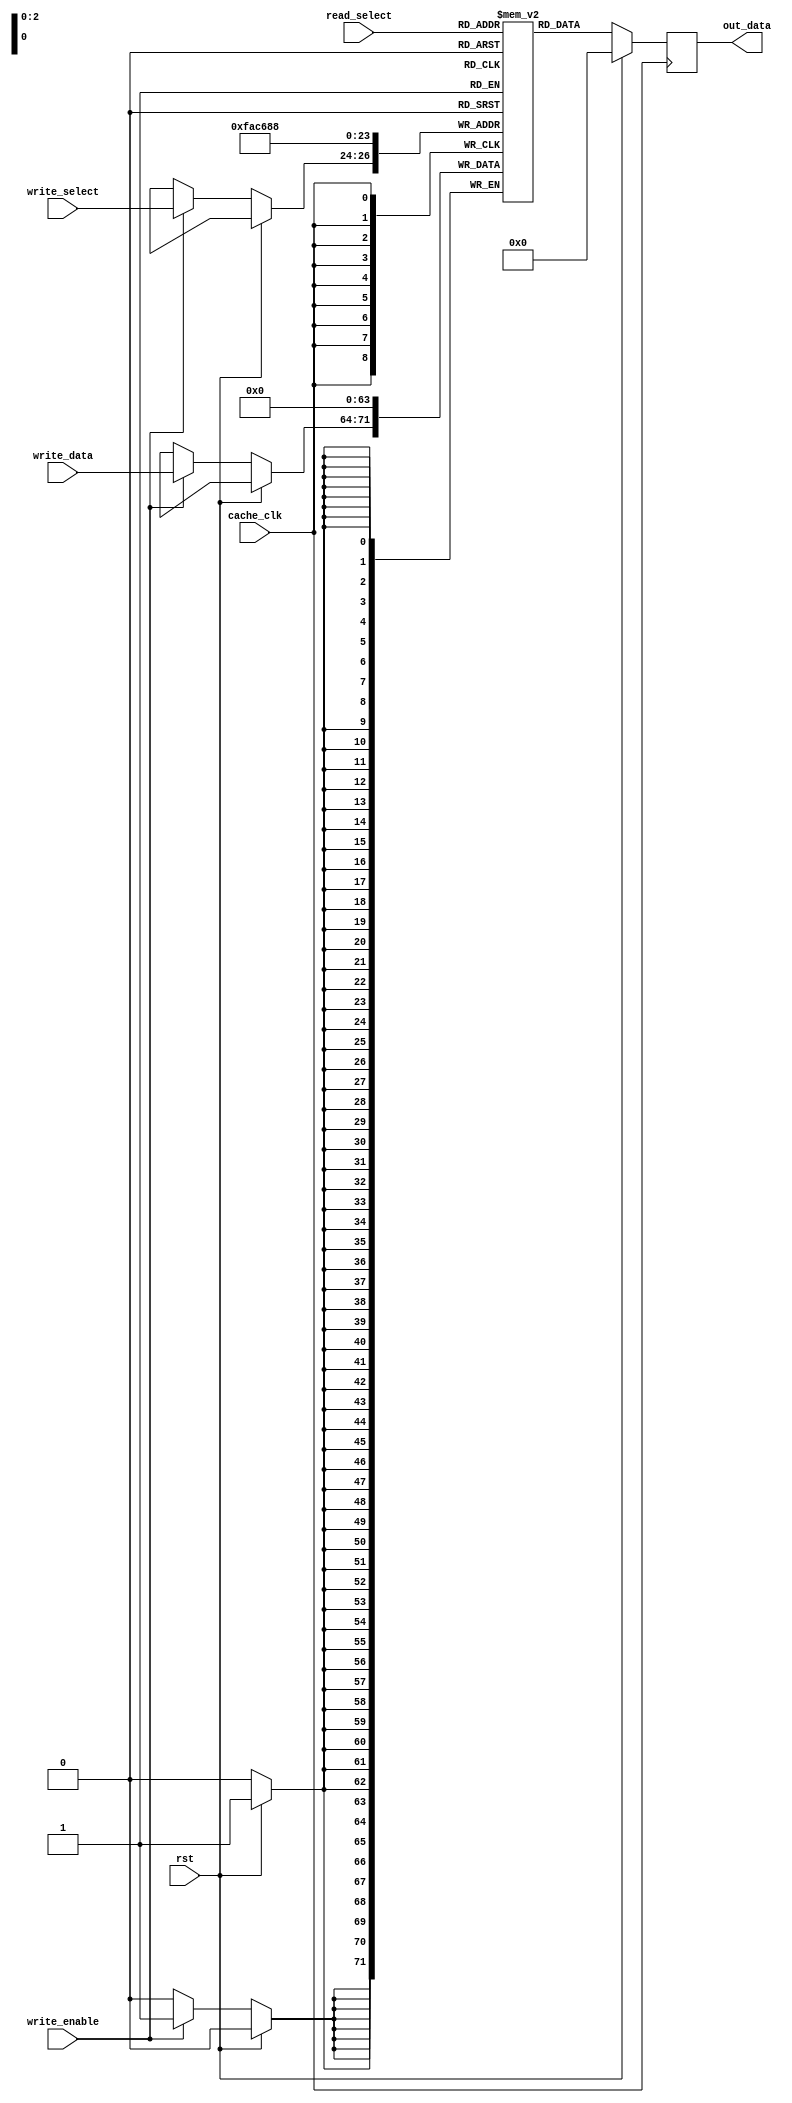
`timescale 1ns / 1ns

module L1_cache( out_data, cache_clk, read_select, write_select, write_data, write_enable, rst);

input cache_clk;
input [7:0] write_data;
input [2:0] write_select;
input	[2:0] read_select;
input write_enable;
input rst;

output reg [7:0] out_data;
 
reg [7:0] data_memory [0:7];				//Memory capacity is 8
		
integer i;

  
		// reading out data from cache
		always @ (posedge cache_clk)
				begin
					if(rst)
						out_data=0;
					else
						out_data = data_memory [read_select];
				end
		
		
		// writing new data into the cache
		always @ (posedge cache_clk)
				begin
					if(rst)
						for (i = 0; i < 8; i = i + 1) 
						begin 
							data_memory[i] = 8'd0;
						end   
						
					else
						if(write_enable)
						begin
							data_memory [write_select] = write_data;
						end
				 end
		
endmodule